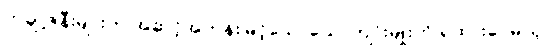
တချို့ဇနီးများက အဆင့်အတန်းမြင့်သောယောကျာ်းမျိုးကို ရထားပေမယ့်